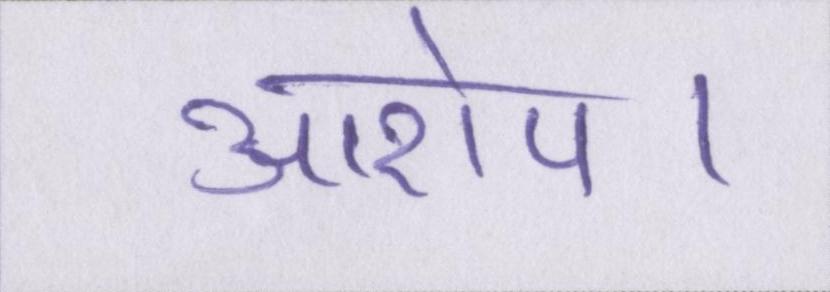
आरोप।